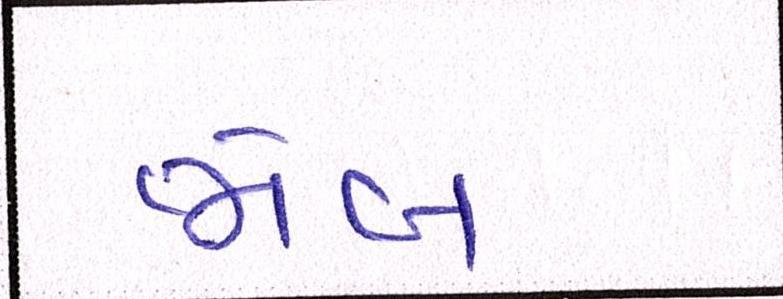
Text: જોબ